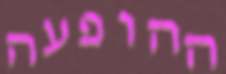
ההופעה